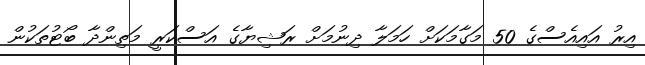
އިރު އައިއެސްގެ 50 މަގާމަކަށް ހަމަލާ ދިނުމަށް ރަޝިޔާގެ އަސްކަރީ މަތިންދާ ބޯޓުތަކުން